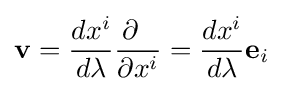
\mathbf {v} ={\frac {dx^{i}}{d\lambda }}{\frac {\partial \;\;}{\partial x^{i}}}={\frac {dx^{i}}{d\lambda }}\mathbf {e} _{i}